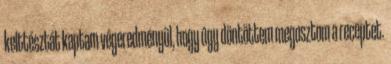
kelttésztát kaptam végeredményül, hogy úgy döntöttem megosztom a receptet.